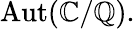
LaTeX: \operatorname{Aut}(\mathbb{C}/\mathbb{Q}).